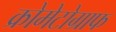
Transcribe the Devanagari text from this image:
क्रोमेटोग्राफ